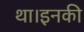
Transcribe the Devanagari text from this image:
था।इनकी